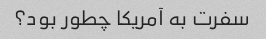
سفرت به آمریکا چطور بود؟